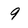
Character: 9